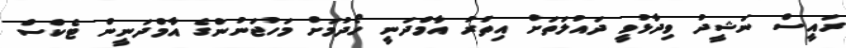
ރައީސް ނަޝީދު ވިދާޅުވީ ދައުލަތަށް އިތުރު އާމްދަނީ ހޯދުމަށް މަހުޖަނުންގެ އާމްދަނީން ޓެކްސް